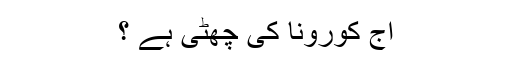
آج کورونا کی چھٹی ہے ؟